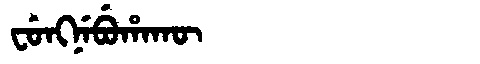
Manchu: ᠸᡠᠩᠨᡝᠪᡠᡥᠠᡴᡡ
Romanization: FUNGNEBUHAKŪ